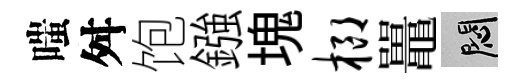
嗤舛饱鏹塊榔鼉悶